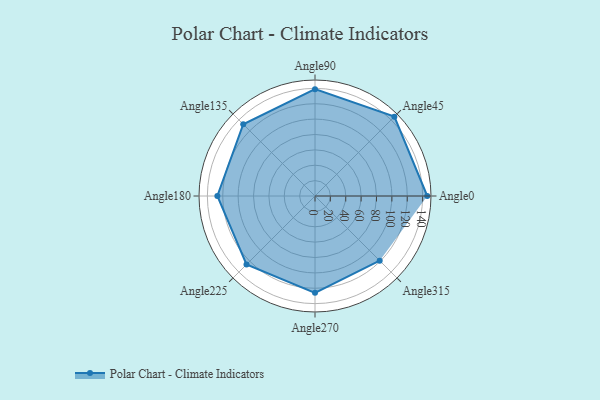
{"axis": {"x": "Angle", "y": "Radius"}, "legend": [""], "data": [{"x": "Angle0", "y": 146.0, "type": ""}, {"x": "Angle45", "y": 146.0, "type": ""}, {"x": "Angle90", "y": 139.0, "type": ""}, {"x": "Angle135", "y": 132.0, "type": ""}, {"x": "Angle180", "y": 127.0, "type": ""}, {"x": "Angle225", "y": 126.0, "type": ""}, {"x": "Angle270", "y": 126.0, "type": ""}, {"x": "Angle315", "y": 119.0, "type": ""}]}